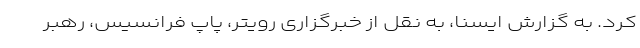
کرد. به گزارش ایسنا، به نقل از خبرگزاری رویتر، پاپ فرانسیس،‌ رهبر